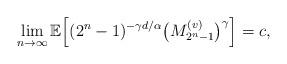
LaTeX: \begin{align*}\lim_{n\to\infty}\mathbb{E}\Big[(2^{n}-1)^{-\gamma{d/{\alpha}}} {\big(M^{(v)}_{2^{n}-1}\big)^{\gamma}}\Big]= c,\end{align*}